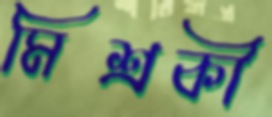
মিশ্রকী